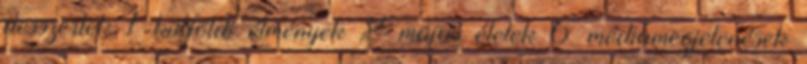
desszertek 1 külföldi élmények 2 májas ételek 6 médiamegjelenések